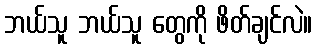
ဘယ်သူ ဘယ်သူ တွေကို ဖိတ်ချင်လဲ။